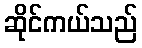
ဆိုင်ကယ်သည်